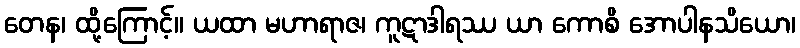
တေန၊ ထို့ကြောင့်။ ယထာ မဟာရာဇ၊ ကူဋာဒါရဿ ယာ ကောစိ အောပါနသိယော၊